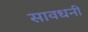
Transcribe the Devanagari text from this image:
सावधनी